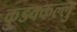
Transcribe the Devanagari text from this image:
कुडक्कल्लु